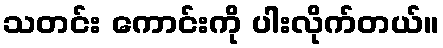
သတင်း ကောင်းကို ပါးလိုက်တယ်။